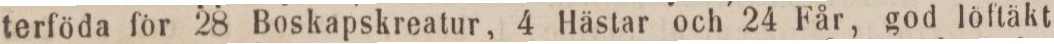
terföda för 28 Boskapskreatur, 4 Hästar och 24 Får, god löftäkt